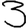
Digit: 3